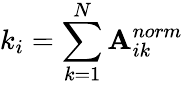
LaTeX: k_{i}=\sum_{k=1}^{N}\mathbf{A}_{ik}^{norm}